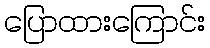
ပြောထားကြောင်း